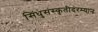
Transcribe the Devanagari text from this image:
सिंधुसंस्कृतीदरम्यान